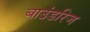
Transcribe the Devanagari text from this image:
बाउंडरिज